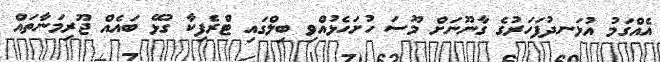
އެއްގަމު އުޅަނދުފަހަރުގެ ގާނޫނަށް މޫސަ ހުށަހެޅުއްވި ބިލްގައި ޓްރެފިކާ ގުޅޭ ބައެއް ޖޫރިމަނާތައް